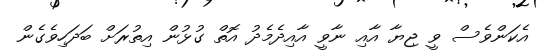
އެކަންވެސް ވީ ޖިޔާ އާއި ނާވީ އާއިދެމެދު އޮތް ގުޅުން އިތުރަށް ބަދަހިވެގެން